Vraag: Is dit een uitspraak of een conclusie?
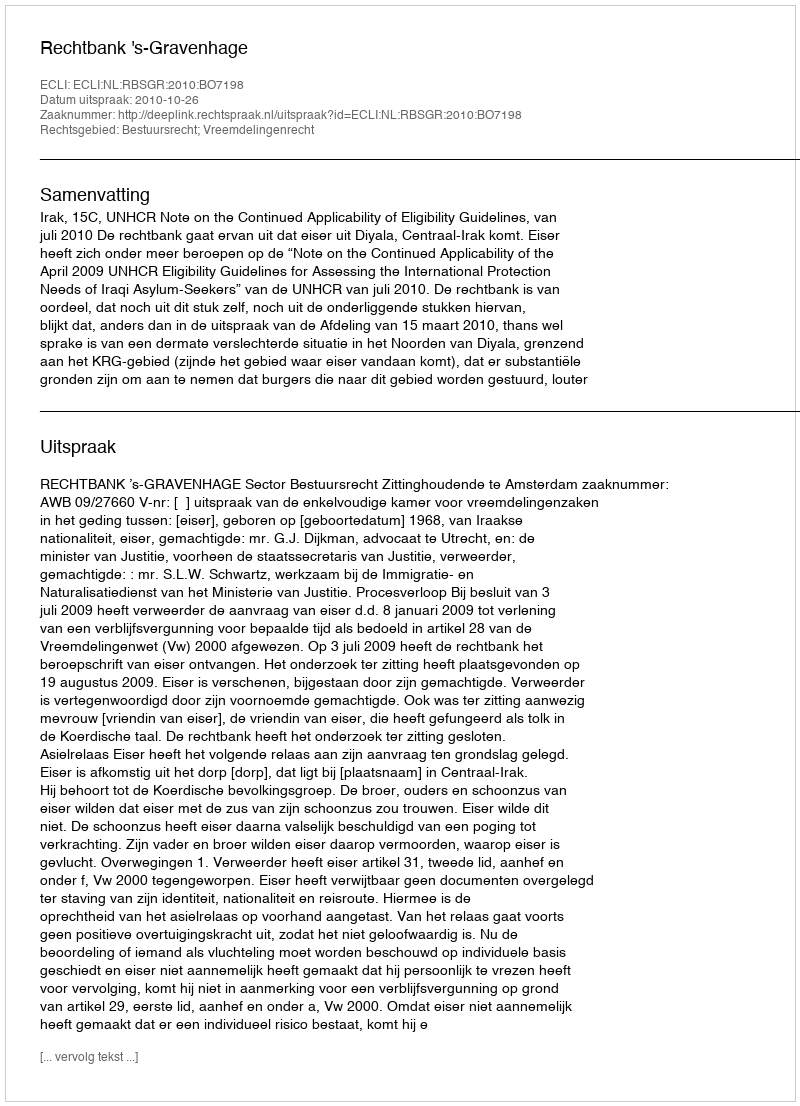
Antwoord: Uitspraak